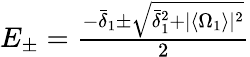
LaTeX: \begin{array}{r}{E_{\pm}=\frac{-\bar{\delta}_{1}\pm\sqrt{\bar{\delta}_{1}^{2}+\vert\langle\Omega_{1}\rangle\vert^{2}}}{2}}\end{array}